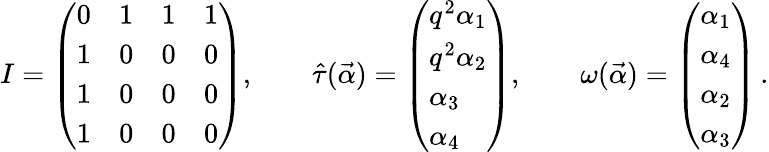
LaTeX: I=\left(\begin{array}{llll}{{0}}&{{1}}&{{1}}&{{1}}\\ {{1}}&{{0}}&{{0}}&{{0}}\\ {{1}}&{{0}}&{{0}}&{{0}}\\ {{1}}&{{0}}&{{0}}&{{0}}\end{array}\right),\quad\quad\hat{\tau}(\vec{\alpha})=\left(\begin{array}{l}{{q^{2}\alpha_{1}}}\\ {{q^{2}\alpha_{2}}}\\ {{\alpha_{3}}}\\ {{\alpha_{4}}}\end{array}\right),\quad\quad\omega(\vec{\alpha})=\left(\begin{array}{l}{{\alpha_{1}}}\\ {{\alpha_{4}}}\\ {{\alpha_{2}}}\\ {{\alpha_{3}}}\end{array}\right)\, .